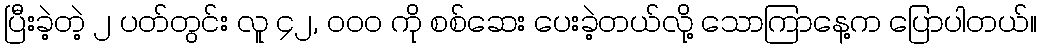
ပြီးခဲ့တဲ့ ၂ ပတ်တွင်း လူ ၄၂, ၀၀၀ ကို စစ်ဆေး ပေးခဲ့တယ်လို့ သောကြာနေ့က ပြောပါတယ်။